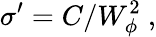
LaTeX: \sigma^{\prime}=C/W_{\phi}^{2}~,